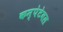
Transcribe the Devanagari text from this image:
कम्पेटेवल